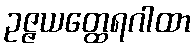
ဥဇ္ဇယတ္ထေရဂါထာ